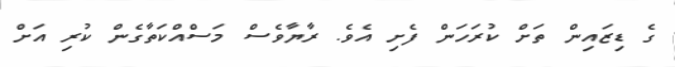
ގެ ޑިޒައިން ތަށް ކުރަހަން ފެށި އެވެ. ރާޔާވެސް މަސްއްކަތާގެން ކުރި އަށް